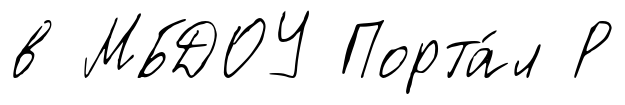
в МБДОУ Порта́л Р